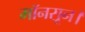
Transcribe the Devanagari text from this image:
मॉनसून।